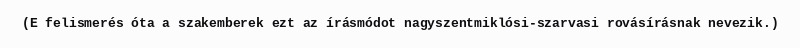
(E felismerés óta a szakemberek ezt az írásmódot nagyszentmiklósi-szarvasi rovásírásnak nevezik.)